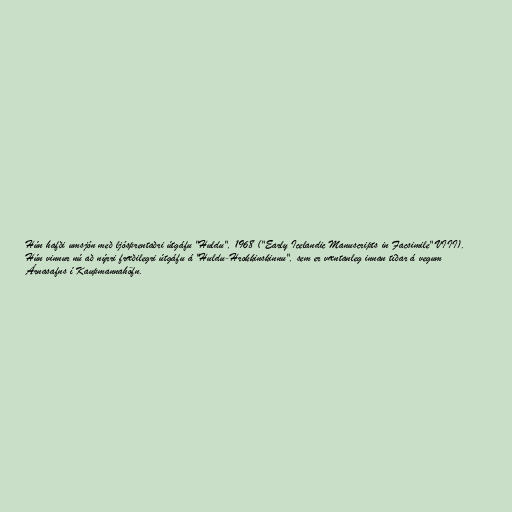
Hún hafði umsjón með ljósprentaðri útgáfu "Huldu", 1968 ("Early Icelandic Manuscripts in Facsimile" VIII).
Hún vinnur nú að nýrri fræðilegri útgáfu á "Huldu-Hrokkinskinnu", sem er væntanleg innan tíðar á vegum
Árnasafns í Kaupmannahöfn.